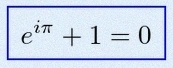
e^{i\pi}+1=0